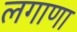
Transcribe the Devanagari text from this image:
लगाणा